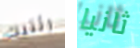
رئتيك ثانيا